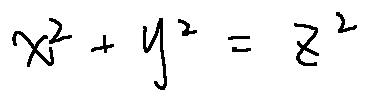
x ^ { 2 } + y ^ { 2 } = z ^ { 2 }